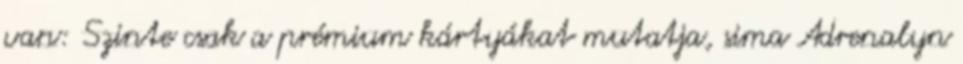
van: Szinte csak a prémium kártyákat mutatja, sima Adrenalyn